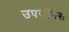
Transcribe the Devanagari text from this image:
उपजीनस